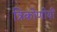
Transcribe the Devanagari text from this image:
त्रिकोणीयी